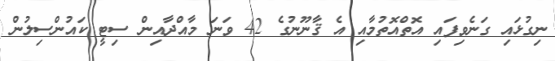
ނިގުޅައި ގަނެވިފައި އޮތްއޮތުމާއި އެ ޤާނޫނުގެ 42 ވަނަ މާއްދާއިން ސިޓީ ކައުންސިލުން